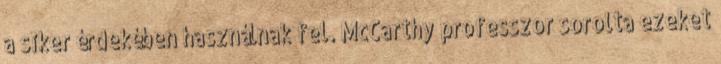
a siker érdekében használnak fel. McCarthy professzor sorolta ezeket